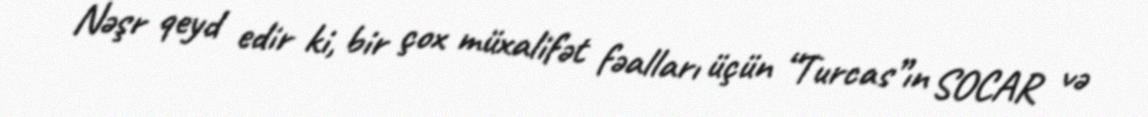
Nəşr qeyd edir ki, bir çox müxalifət fəalları üçün “Turcas”ın SOCAR və